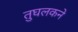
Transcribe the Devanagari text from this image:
तुघलकने